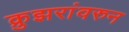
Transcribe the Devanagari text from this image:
क्रुझरांवरुन